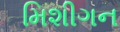
મિશીગન